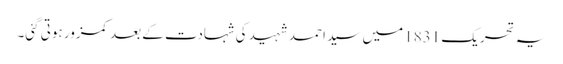
یہ تحریک 1831 میں سید احمد شہید کی شہادت کے بعد کمزور ہوتی گئی۔